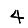
Digit: 4